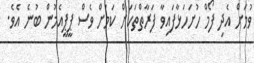
ވުމަށް އެދި ފޯމް ހުށަހަޅާފައިވާ ފަރާތްތަކަށް ކަމަށް ވެސް ޕީޕީއެމުން ބުނެ އެވެ.